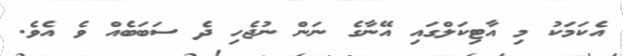
އެކަމަކު މި އާޓިކަލްގައި އޭނާގެ ނަން ނުޖެހި ދެ ސަބަބެއް ވެ އެވެ.